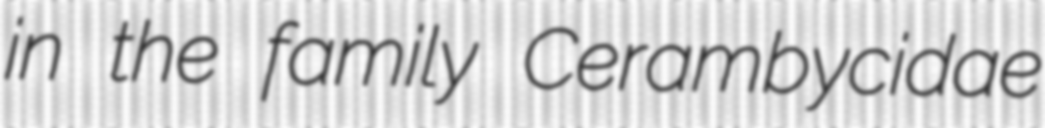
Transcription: in the family Cerambycidae